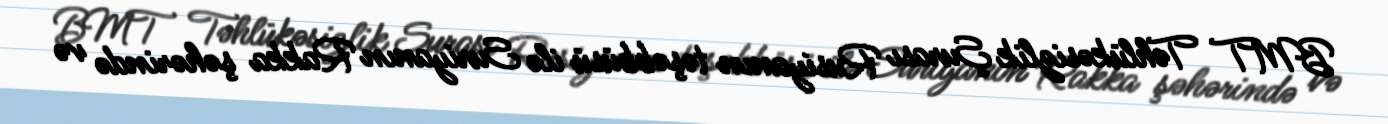
BMT Təhlükəsizlik Şurası Rusiyanın təşəbbüsü ilə Suriyanın Rakka şəhərində və